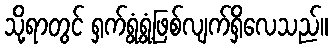
သို့ရာတွင် ရှက်ရွံ့ရွံ့ဖြစ်လျက်ရှိလေသည်။